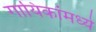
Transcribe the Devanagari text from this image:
गायिकांमध्ये